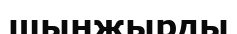
шынжырды